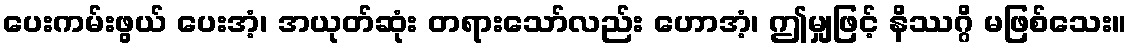
ပေးကမ်းဖွယ် ပေးအံ့၊ အယုတ်ဆုံး တရားသော်လည်း ဟောအံ့၊ ဤမျှဖြင့် နိဿဂ္ဂိ မဖြစ်သေး။